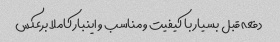
دفعه قبل بسیار با کیفیت و مناسب و اینبار کاملا برعکس